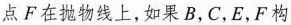
点F在抛物线上，如果B，C，E，F构